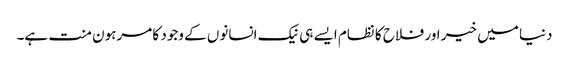
دنیا میں خیر اور فلاح کا نظام ایسے ہی نیک انسانوں کے وجود کا مرہون منت ہے۔